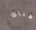
هناك